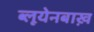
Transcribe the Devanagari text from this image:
ब्लूयेनबाख़